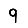
Digit: 9